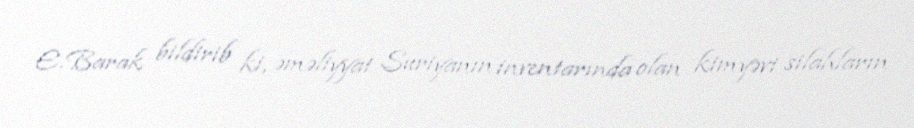
E.Barak bildirib ki, əməliyyat Suriyanın inventarında olan kimyəvi silahların